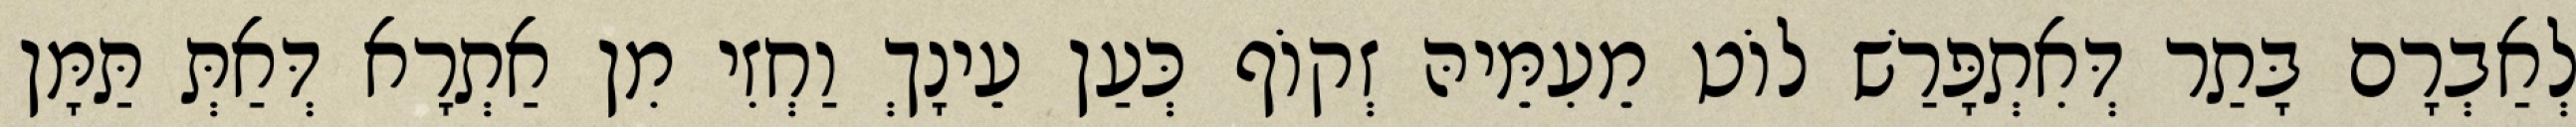
לְאַבְרָם בָּתַר דְּאִתְפָּרַשׁ לוֹט מֵעִמֵּיהּ זְקוֹף כְּעַן עֵינָךְ וַחְזִי מִן אַתְרָא דְּאַתְּ תַּמָּן